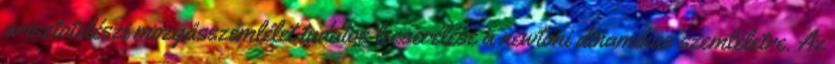
arisztotelészi mozgásszemlélet tudatos lecserélése a newtoni dinamikus szemléletre. Az